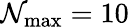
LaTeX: \mathcal{N}_{\mathrm{{max}}}=10